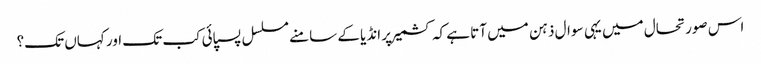
اس صورتحال میں یہی سوال ذہن میں آتا ہے کہ کشمیر پر انڈیا کے سامنے مسلسل پسپائی کب تک اور کہاں تک؟